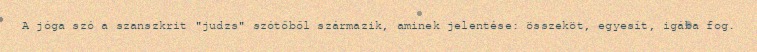
A jóga szó a szanszkrit "judzs" szótőből származik, aminek jelentése: összeköt, egyesít, igába fog.